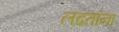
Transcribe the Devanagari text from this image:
लढतांना